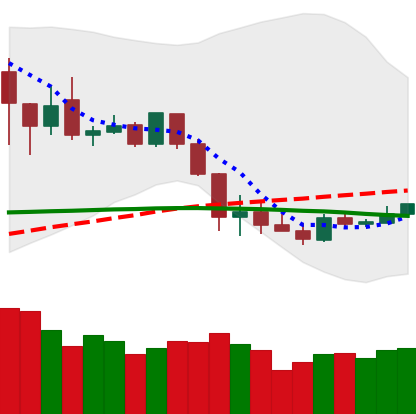
Ticker: XLM-USD
Chart end date: 2020-03-06
Forward return: -17.643%
Label: down_7plus